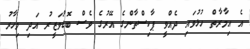
އެ އިމާރާތް ހުޅުވައި ދެއްވީ ޕާކިސްތާންގެ އޭރުގެ ވެސް ބޮޑުވަޒީރު އަދި މިހާރު